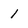
Character: 1